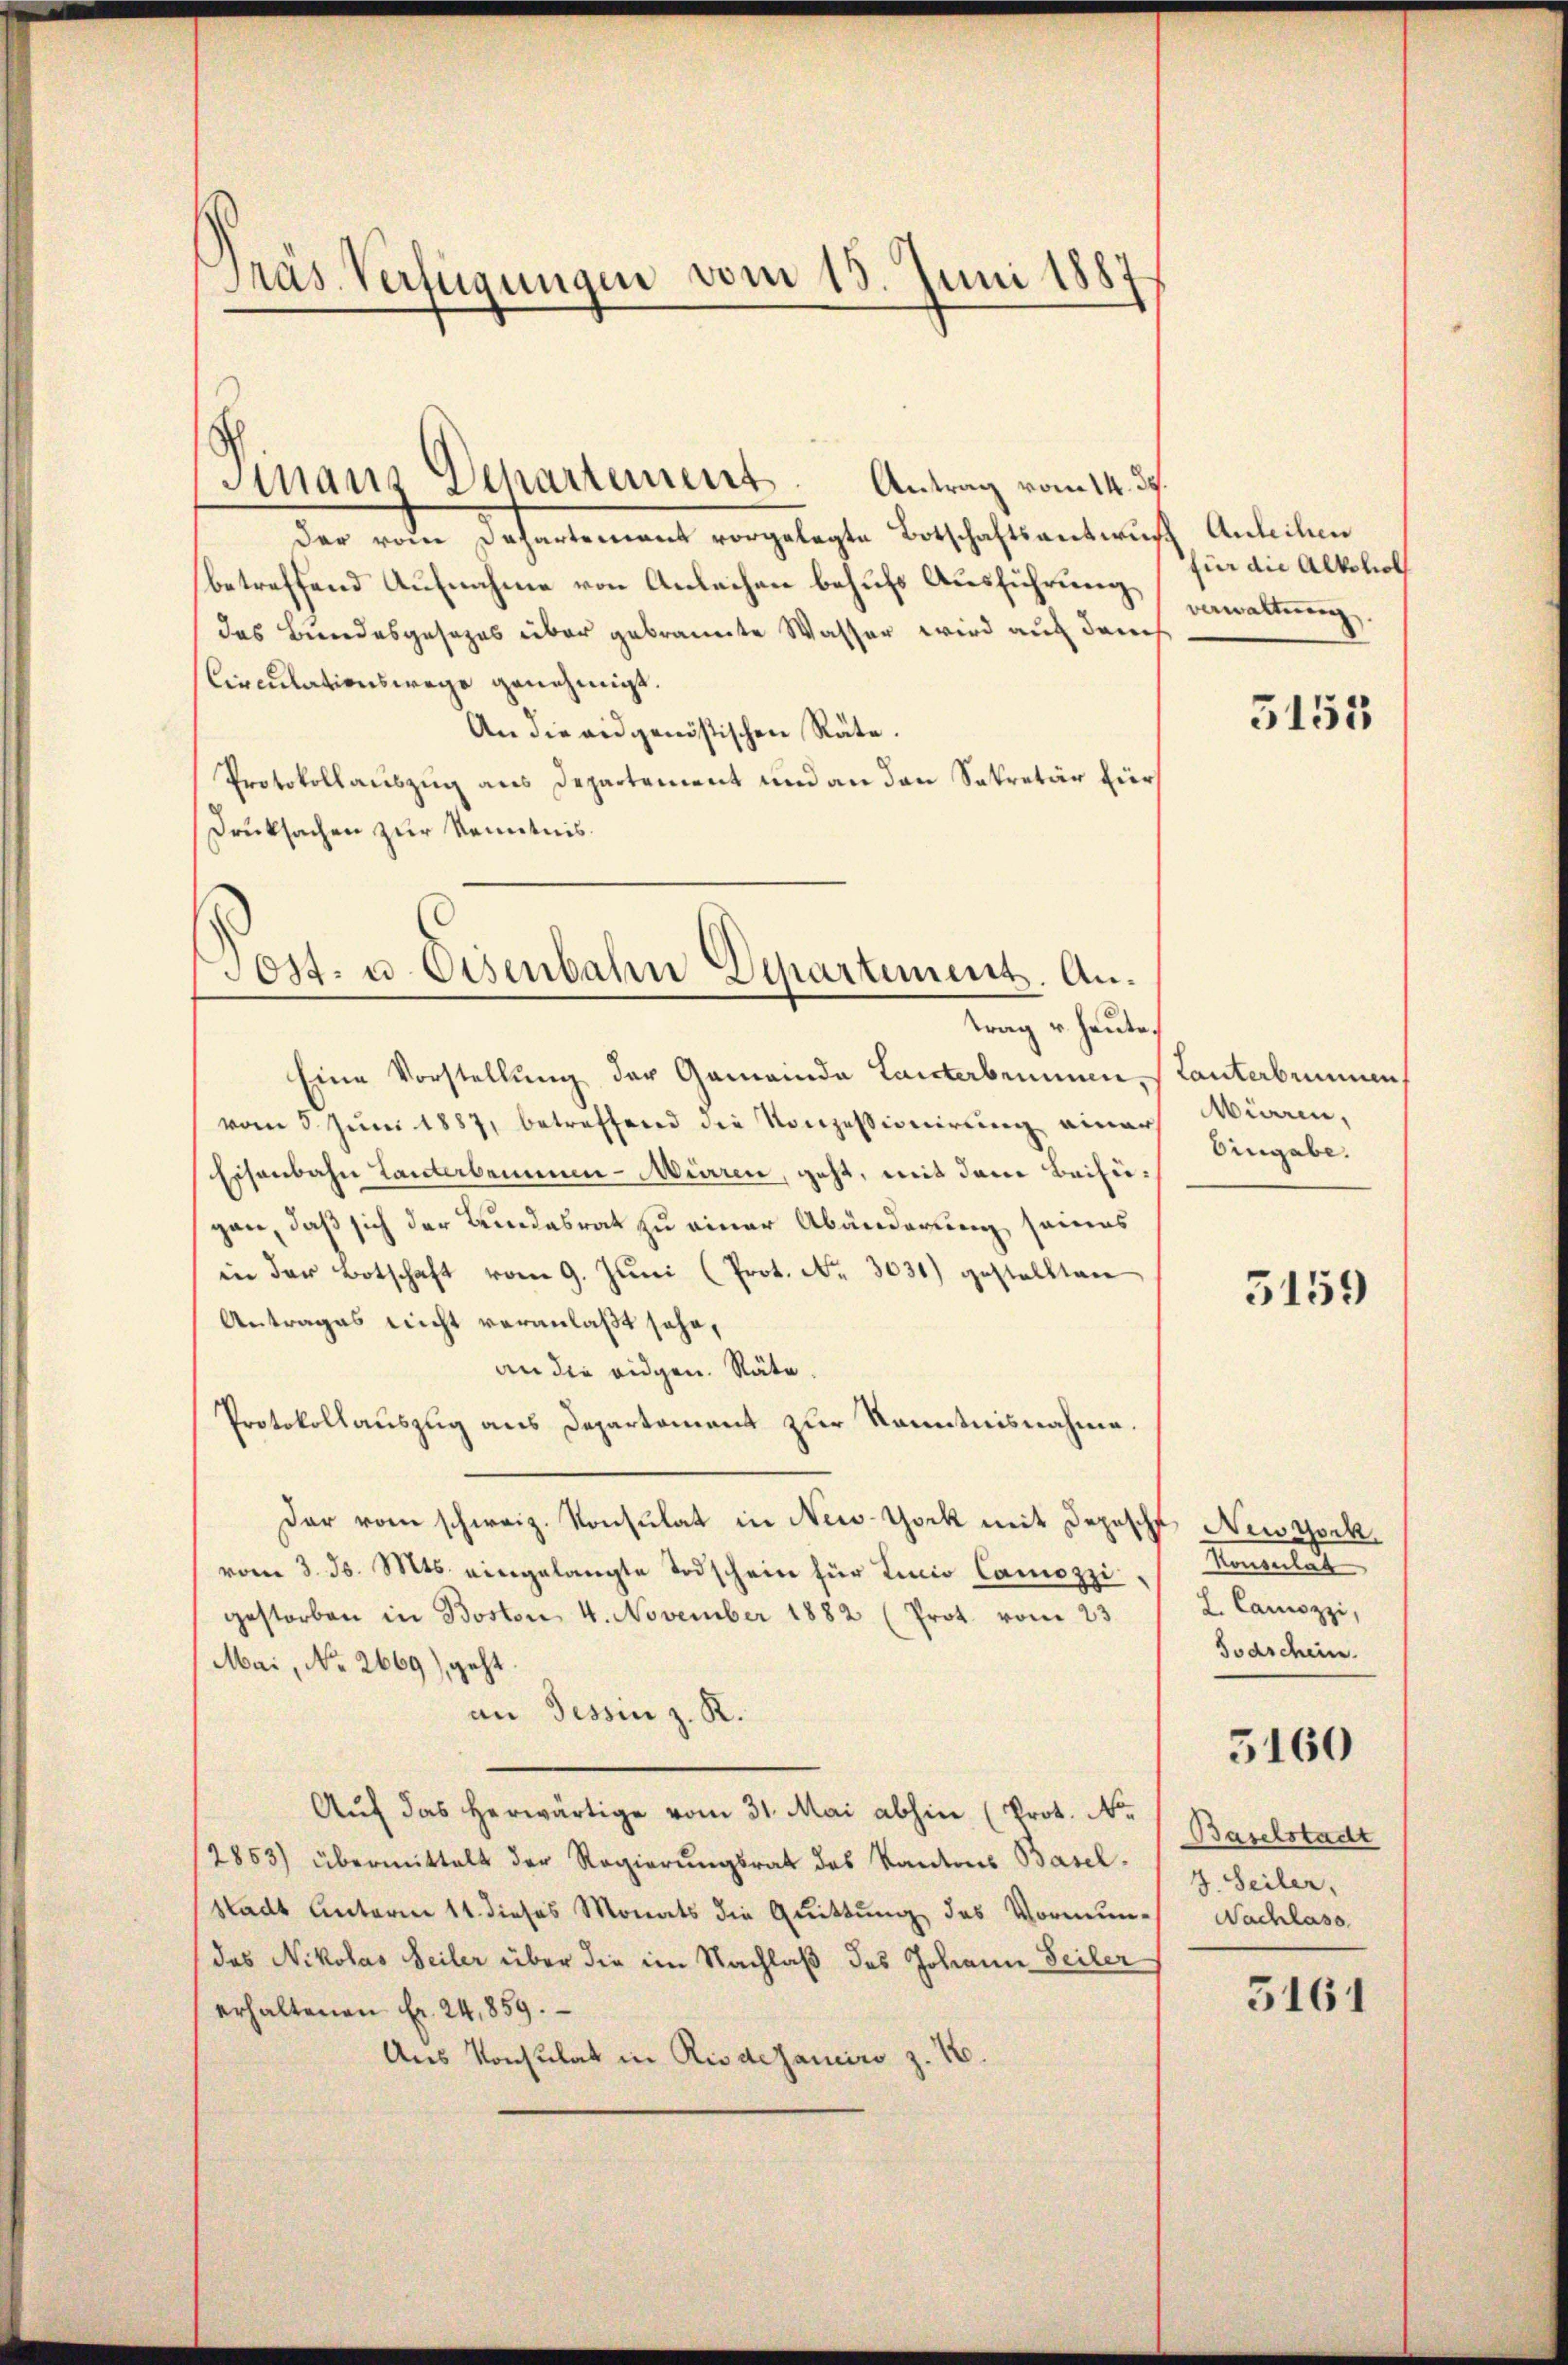
Präs. Verfügungen vom 15. Juni 1887

Antrag vom 14. ds.
der vom Dahartement vorgelegte Botschaftsantwurf, Anleihen
betreffend Aufnahme von Anlachen behufs Ausführung,
das Bundesgesezes über gebrannte Wasser wird auch durch
Circulationswege genehmigt.
An die eidgenössischen Räte.
Protokollauszug aus Departement und an den Sekretär für
Druksachen zur Kenntnis.

Finanz Departement.

Post- u. Eisenbahn Departement. Antrag u. heute.

Eine Vorstellung der Gemeinda Laicterbrunnen, (Tanterbrunnen
vom 5. Jŭni 1887, betreffend die Konzessionirung einer
Eisenbahn Tanterbemue-Miaren, geht, mit dem Beifügen, daß sich der Bundesrat zu einer Abänderung seines
in der Botschaft vom 9. Jŭni (Prot. Nr. 3031) gestellten
Antrages nicht veranlaßt sehe,
an die eidgen. Räte.
Protokollauszug aus Departement zur Kenntnisnahme.
dar vom schweiz. Konsulat in New-York mit Depesch Newgock
vom 3. ds. Mts. eingelangte Todschein für Linio Camozzi
gestorben in Boston, 4. November 1882 (Prot. vom 23.
Mai, No. 2669), geht
an Tessin z. R.
Auf das herwärtige vom 31. Mai abhin (Prot. No 1 Baselstadt
2853) übermittelt der Regierŭngsrat des Kantons Basel-
Stadt unterm 11. dieses Monats die Quittung des Vormun-
das Nikolas Seiler über die im Nachlaß des Johann Teiler
erhaltenen Fr. 24,859.
Aus Konsulat in Riedesaniro z. B.

für die Alkohol
verwaltung.

5153

Miaren,
Eingabe.

5159

Konsulat
L. Camozzi,
Todschein.

5160

J. Seiler,
Nachlass

5161